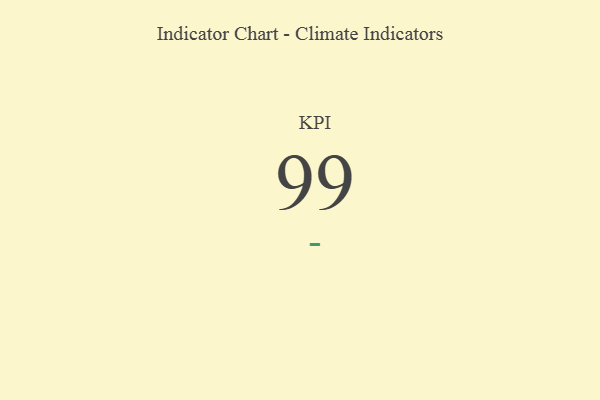
{"axis": {"x": "KPI", "y": "Value"}, "legend": [""], "data": [{"x": "KPI", "y": 99, "type": ""}]}